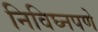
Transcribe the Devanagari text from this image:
निविघ्नपणे